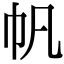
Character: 帆